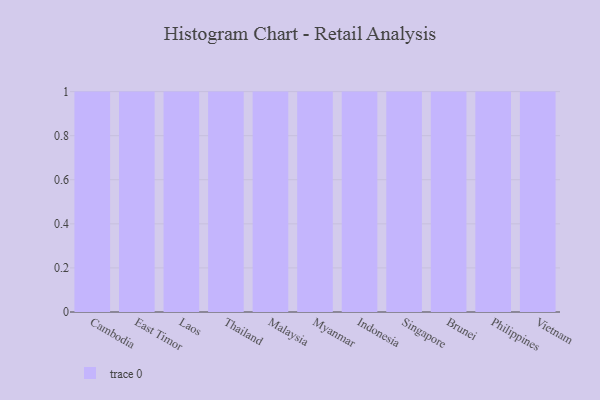
{"axis": {"x": "Country", "y": "Operating Costs (USD K)"}, "legend": [""], "data": [{"x": "Cambodia", "y": 14, "type": ""}, {"x": "East Timor", "y": 59, "type": ""}, {"x": "Laos", "y": 55, "type": ""}, {"x": "Thailand", "y": 76, "type": ""}, {"x": "Malaysia", "y": 43, "type": ""}, {"x": "Myanmar", "y": 80, "type": ""}, {"x": "Indonesia", "y": 55, "type": ""}, {"x": "Singapore", "y": 14, "type": ""}, {"x": "Brunei", "y": 84, "type": ""}, {"x": "Philippines", "y": 79, "type": ""}, {"x": "Vietnam", "y": 88, "type": ""}]}